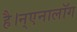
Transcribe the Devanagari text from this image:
है।न्एनालॉग